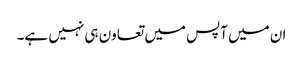
ان میں آپس میں تعاون ہی نہیں ہے۔